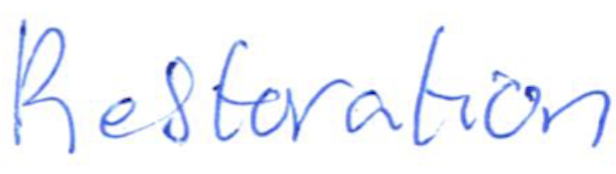
Text: Restoration
Cross-out: clean
Writing tool: ballpoint